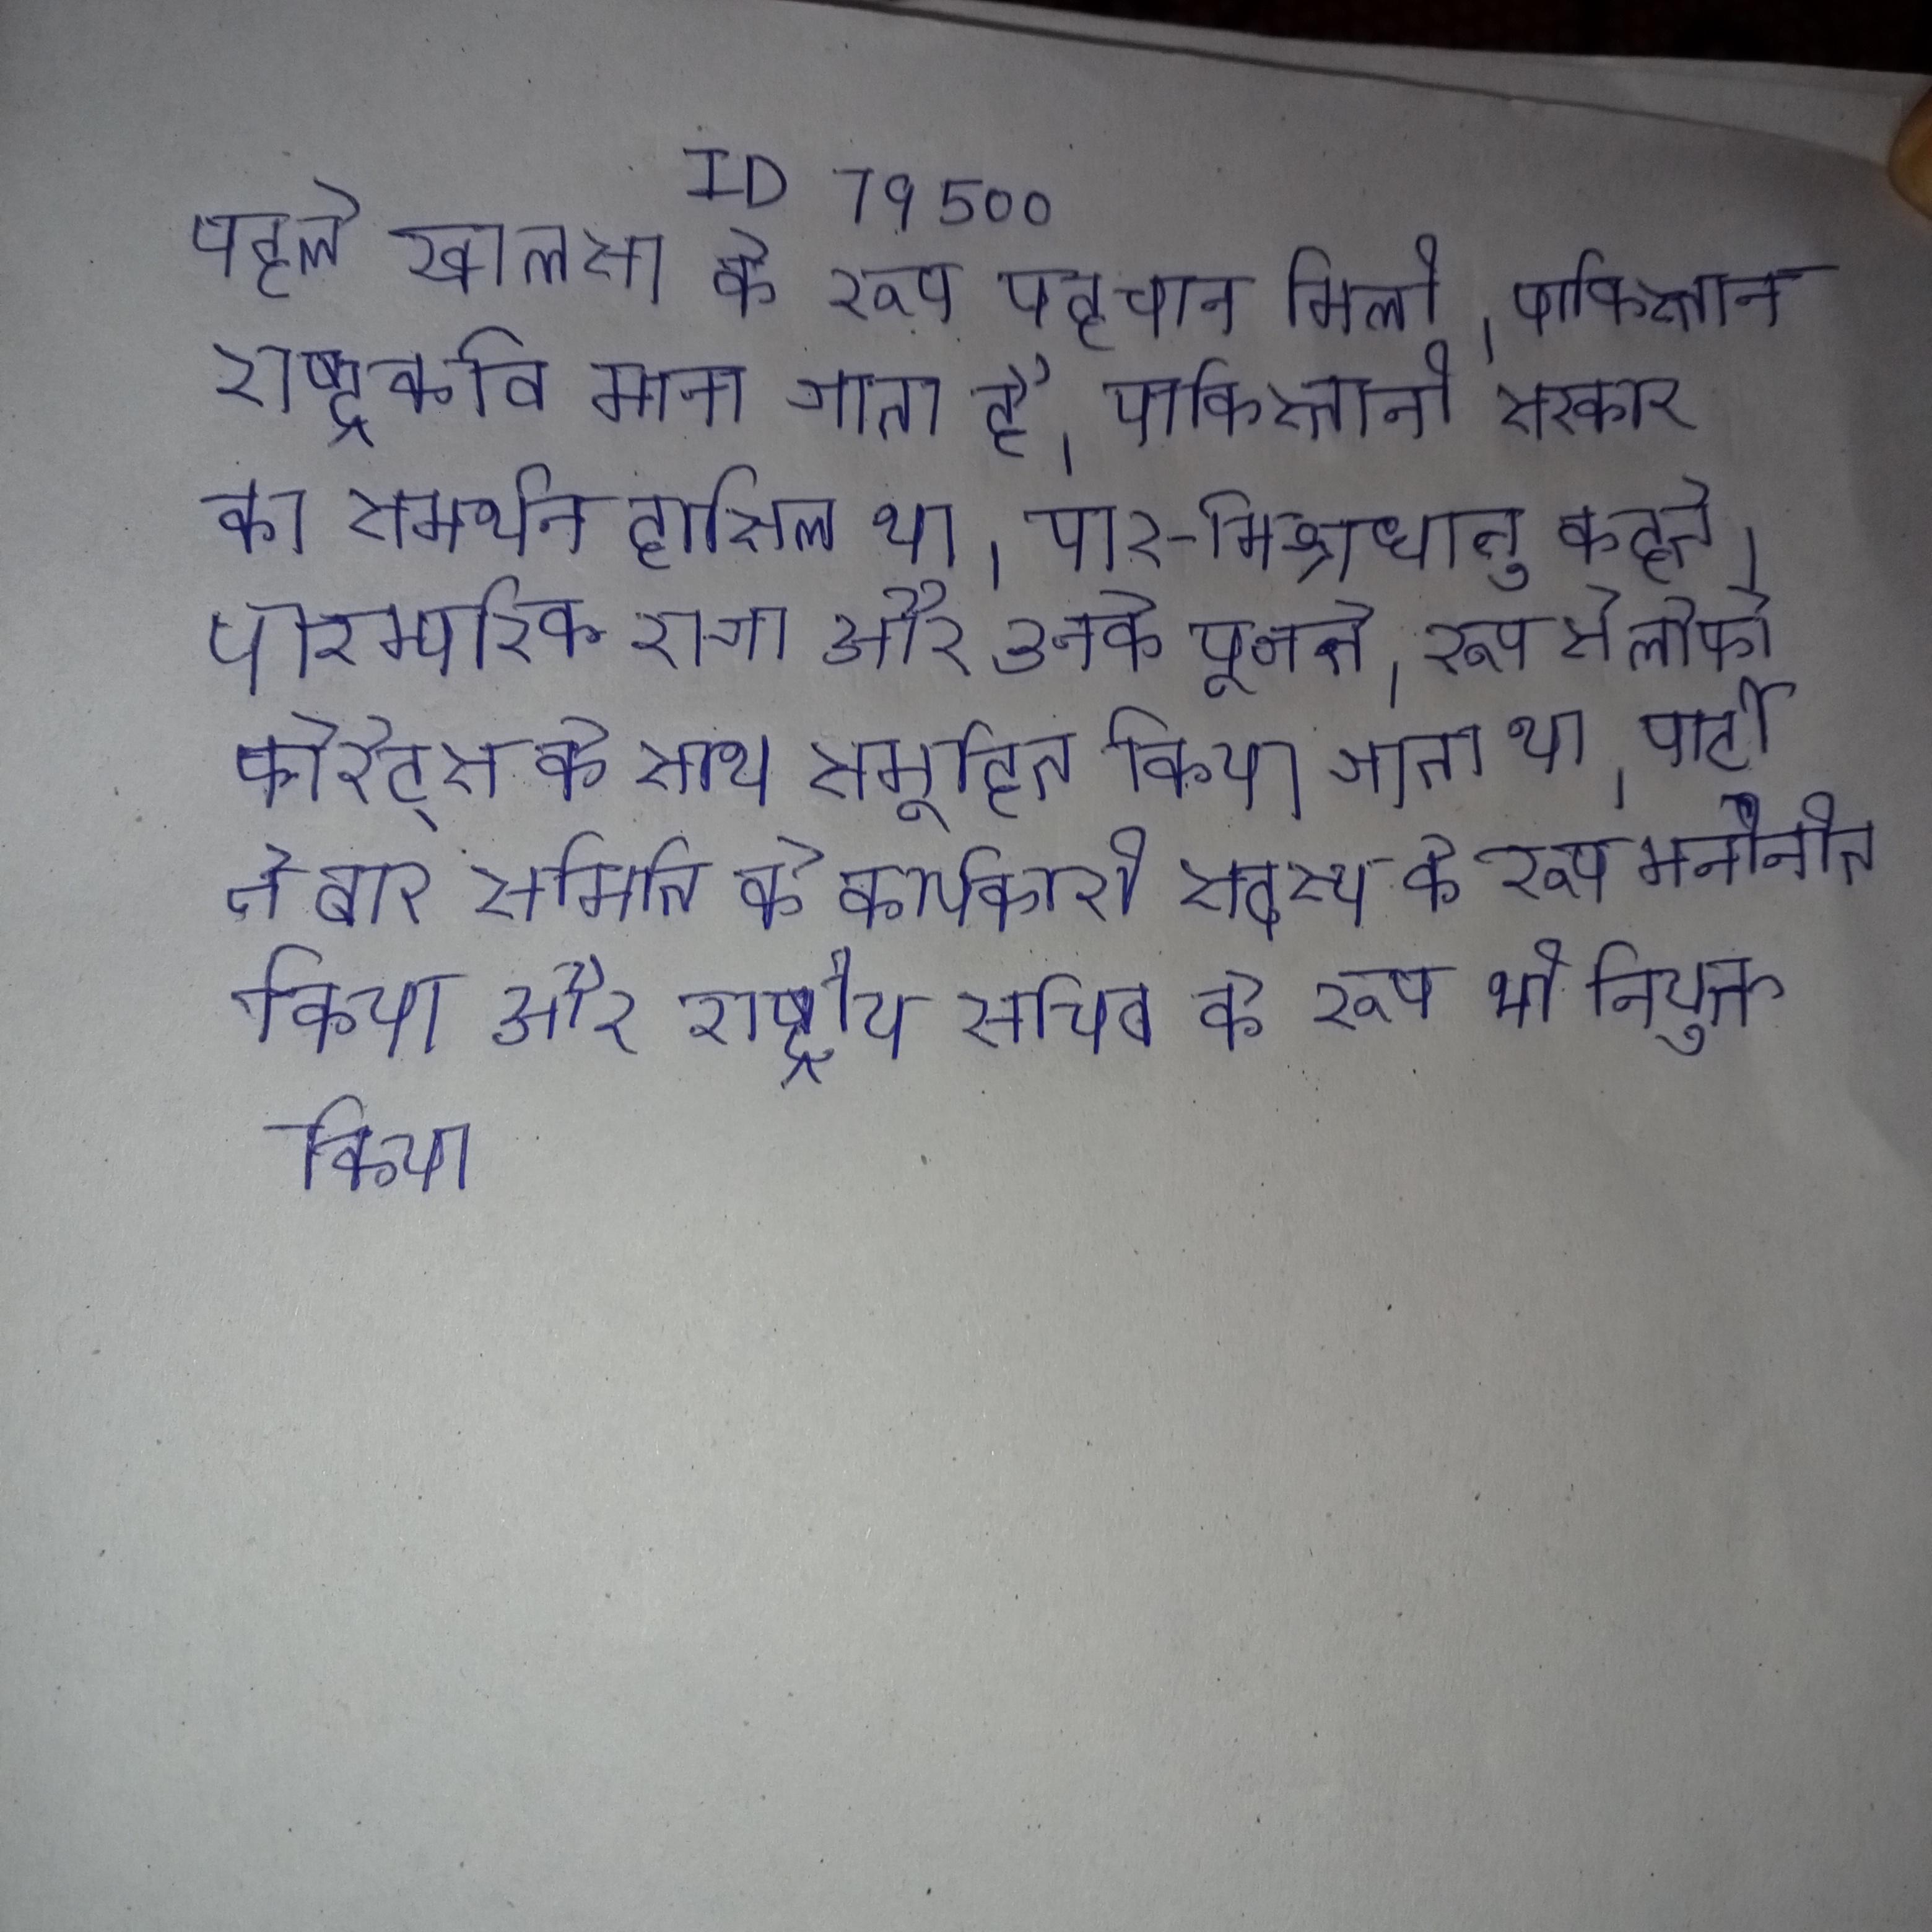
पहले खालसा के रूप पहचान मिली । पाकिस्तान राष्ट्रकवि माना जाता है । पाकिस्तानी सरकार का समर्थन हासिल था । पार-मिश्रधातु कहते । पारम्परिक राजा और उनके पूजते । रूप से लोफो फोरेट्स के साथ समूहित किया जाता था । पार्टी ने बार समिति के कार्यकारी सदस्य के रूप मनोनीत किया और राष्ट्रीय सचिव के रूप भी नियुक्त किया ।